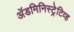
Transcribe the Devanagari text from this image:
अॅडमिनिस्ट्रेटिव्ह